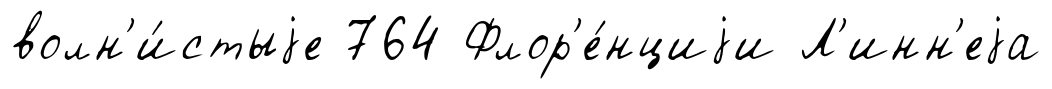
волн'и́стыjе 764 Флор'е́нциjи Л'инн'еjа